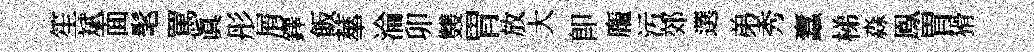
笙斌面髦罵真彤屑鐸飯蕐淪卯䨇胃放大卽龐汚郊選弟秀蠧梯淼鳯胃猾